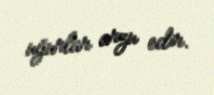
uğurlar arzu edir.